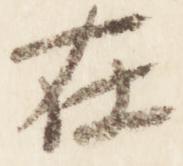
在